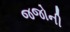
જજોની